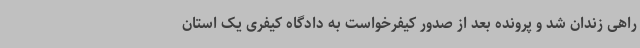
راهی زندان شد و پرونده بعد از صدور کیفرخواست به دادگاه کیفری یک استان